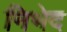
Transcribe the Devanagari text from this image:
निभेद